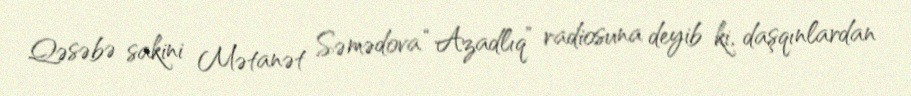
Qəsəbə sakini Mətanət Səmədova “Azadlıq” radiosuna deyib ki, daşqınlardan